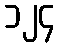
၁၂၄